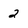
Character: 2